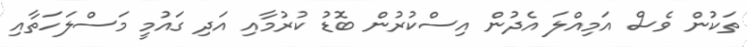
ތަކުން ވެސް އަމިއްލަ އެދުން އިސްކުރުން ބޮޑު ކުރުމާއި އަދި ގައުމީ މަސްލަހަތާއި